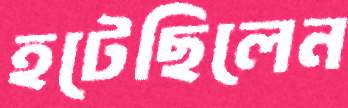
হটেছিলেন